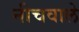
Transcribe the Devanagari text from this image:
नीचवाले